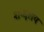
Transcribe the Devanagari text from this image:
शब्दलय